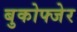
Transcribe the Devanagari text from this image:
बुकोफ्जेर